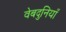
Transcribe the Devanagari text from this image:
वेबदुनियाँ